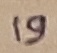
Text: 19